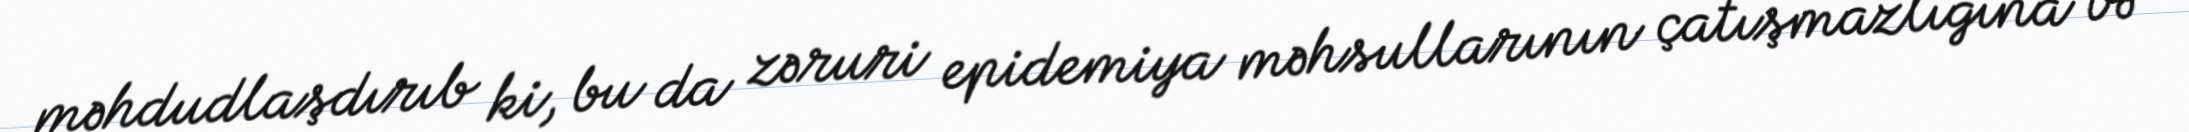
məhdudlaşdırıb ki, bu da zəruri epidemiya məhsullarının çatışmazlığına və